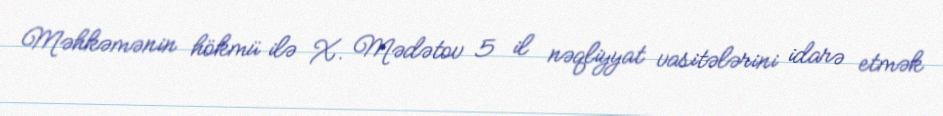
Məhkəmənin hökmü ilə X. Mədətov 5 il nəqliyyat vasitələrini idarə etmək